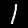
Label: 1